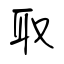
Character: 取